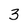
Character: 3